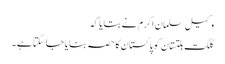
وکیل سلمان اکرم نے بتایا کہ
گلگت بلتستان کو پاکستان کا حصہ بنایا جا سکتا ہے ۔